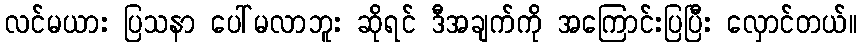
လင်မယား ပြသနာ ပေါ်မလာဘူး ဆိုရင် ဒီအချက်ကို အကြောင်းပြပြီး လှောင်တယ်။